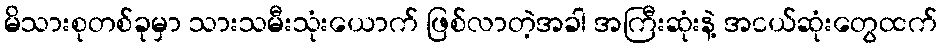
မိသားစုတစ်ခုမှာ သားသမီးသုံးယောက် ဖြစ်လာတဲ့အခါ အကြီးဆုံးနဲ့ အငယ်ဆုံးတွေထက်